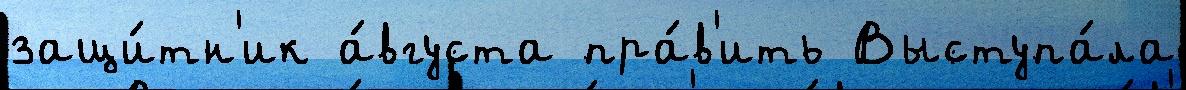
защи́тн'ик а́вгуста пра́в'ить Выступа́ла